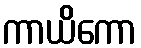
ကာယိကော